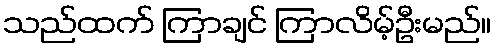
သည်ထက် ကြာချင် ကြာလိမ့်ဦးမည်။